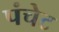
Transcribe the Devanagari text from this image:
पंचेट